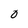
Character: 0